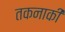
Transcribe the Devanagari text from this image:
तकनाकी